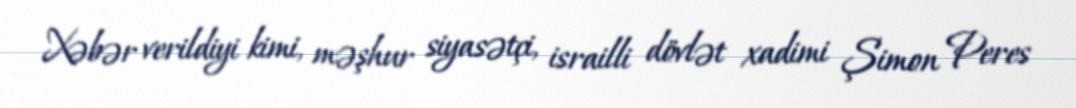
Xəbər verildiyi kimi, məşhur siyasətçi, israilli dövlət xadimi Şimon Peres